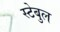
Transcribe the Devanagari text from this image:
स्टेबुल